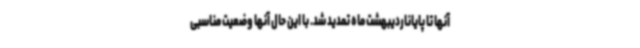
آنها تا پایاناردیبهشت ماه تمدید شد. با این حال آنها وضعیت مناسبی